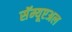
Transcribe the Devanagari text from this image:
सॅम्यूएअल